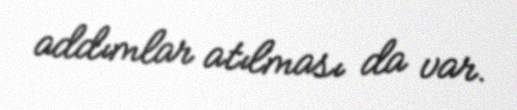
addımlar atılması da var.